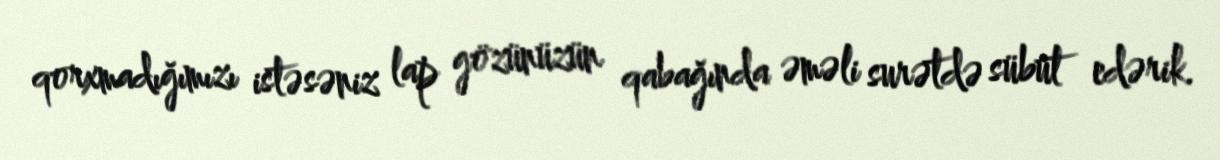
qorxmadığımızı istəsəniz lap gözünüzün qabağında əməli surətdə sübut edərik.